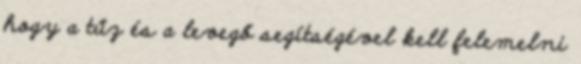
hogy a tűz és a levegő segítségével kell felemelni